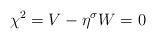
LaTeX: \begin{align*}\chi^2 &= V-\eta^\sigma W = 0\end{align*}